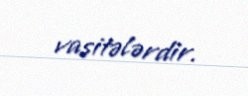
vasitələrdir.